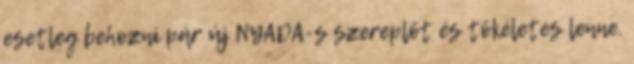
esetleg behozni pár új NYADA-s szereplőt és tökéletes lenne.